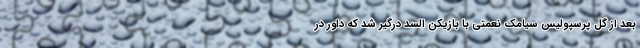
بعد از گل پرسپولیس سیامک نعمتی با بازیکن السد درگیر شد که داور در